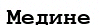
Медине